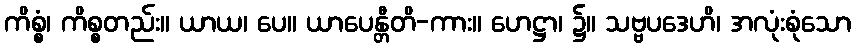
ကိစ္စံ၊ ကိစ္စတည်း။ ယာယ၊ ပေ။ ယာပေန္တီတိ-ကား။ ဟေဋ္ဌာ၊ ၌။ သဗ္ဗပဒေဟိ၊ အလုံးစုံသော